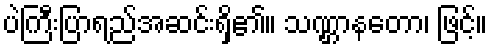
ပဲကြီးပြာရည်အဆင်းရှိ၏။ သဏ္ဌာနတော၊ ဖြင့်။